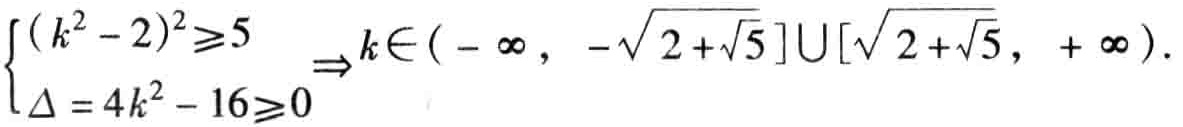
$\left\{\begin{array}{l}
(k^{2}-2)^{2} \geqslant 5 \\
\Delta=4 k^{2}-16 \geqslant 0
\end{array} \Rightarrow k \in(-\infty,-\sqrt{2+\sqrt{5}}] \cup[\sqrt{2+\sqrt{5}},+\infty).\right.$